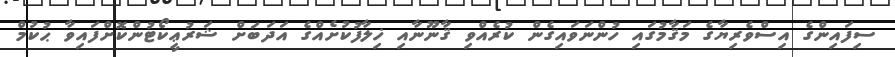
ސިފައިންގެ އިސްވެރިޔާގެ މަޤާމުގައި ހުންނަވައިގެން ކުރެއްވި ޤާނޫނާއި ޚިލާފުކުށެއްގެ އަދަބަށް ޝަަރުޢީކޯޓުންކޮށްފައިވާ ޙުކުމް